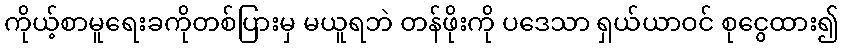
ကိုယ့်စာမူရေးခကိုတစ်ပြားမှ မယူရဘဲ တန်ဖိုးကို ပဒေသာ ရှယ်ယာဝင် စုငွေထား၍